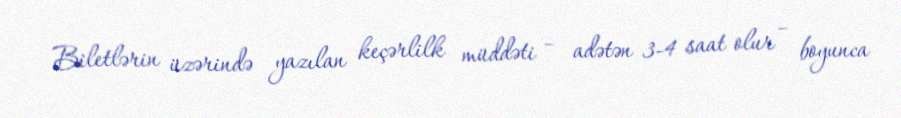
Biletlərin üzərində yazılan keçərlilk müddəti – adətən 3-4 saat olur – boyunca